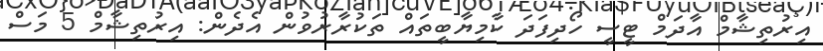
އިރުތިޝާމް އާދަމް ޓީސީ ހޯދިފަދަ ކާމިޔާބީތައް ތަކުރާރުވުން އެދެން: އިރުތިޝާމް 5 މަސް